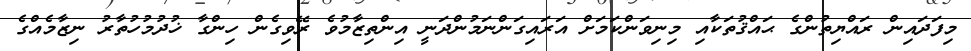
މިފަދައިން ރައްޔިތުންގެ ޙައްޤުތަކާއި މިނިވަންކަމަށް އަރައިގަންނަމުންދަނީ އިންތިޒާމުވެ ރޭވިގެން ހިންގާ ޚުދުމުހުތާރު ނިޒާމެއްގެ